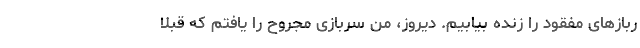
ربازهای مفقود را زنده بیابیم. دیروز، من سربازی مجروح را یافتم که قبلا